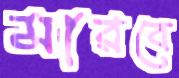
মারবে